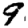
Digit: 9